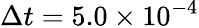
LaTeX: \Delta t=5.0\times 10^{-4}